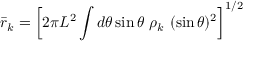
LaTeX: { \bar { r } _ { k } } = \left[ 2 \pi L ^ { 2 } \int d \theta \sin { \theta } \ \rho _ { k } \ ( \sin \theta ) ^ { 2 } \right] ^ { 1 / 2 }